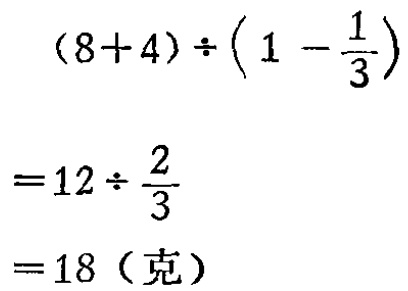
\((8 + 4)\div\left(1-\frac{1}{3}\right)\)

\(=12\div\frac{2}{3}\)

\(= 18 (\text{克})\)